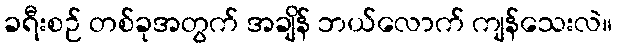
ခရီးစဉ် တစ်ခုအတွက် အချိန် ဘယ်လောက် ကျန်သေးလဲ။